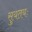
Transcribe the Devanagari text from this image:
सुयतयः